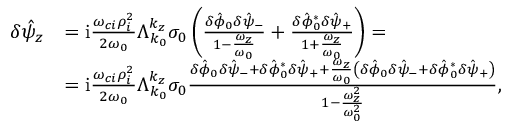
\begin{array} { r l } { \delta \hat { \psi } _ { z } } & { = \mathrm { i } \frac { \omega _ { c i } \rho _ { i } ^ { 2 } } { 2 \omega _ { 0 } } \Lambda _ { k _ { 0 } } ^ { k _ { z } } \sigma _ { 0 } \left( \frac { \delta \hat { \phi } _ { 0 } \delta \hat { \psi } _ { - } } { 1 - \frac { \omega _ { z } } { \omega _ { 0 } } } + \frac { \delta \hat { \phi } _ { 0 } ^ { * } \delta \hat { \psi } _ { + } } { 1 + \frac { \omega _ { z } } { \omega _ { 0 } } } \right) = } \\ & { = \mathrm { i } \frac { \omega _ { c i } \rho _ { i } ^ { 2 } } { 2 \omega _ { 0 } } \Lambda _ { k _ { 0 } } ^ { k _ { z } } \sigma _ { 0 } \frac { \delta \hat { \phi } _ { 0 } \delta \hat { \psi } _ { - } + \delta \hat { \phi } _ { 0 } ^ { * } \delta \hat { \psi } _ { + } + \frac { \omega _ { z } } { \omega _ { 0 } } \left( \delta \hat { \phi } _ { 0 } \delta \hat { \psi } _ { - } + \delta \hat { \phi } _ { 0 } ^ { * } \delta \hat { \psi } _ { + } \right) } { 1 - \frac { \omega _ { z } ^ { 2 } } { \omega _ { 0 } ^ { 2 } } } , } \end{array}